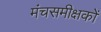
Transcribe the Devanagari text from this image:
मंचसमीक्षकों